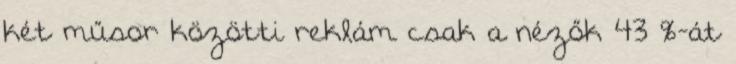
két műsor közötti reklám csak a nézők 43 %-át